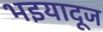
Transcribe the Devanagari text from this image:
भइयादूज